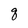
Character: g